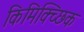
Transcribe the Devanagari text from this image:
किमिक्च्छिक